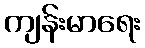
ကျန်းမာရေး